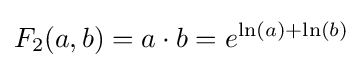
F_{2}(a,b)=a\cdot b=e^{\ln(a)+\ln(b)}